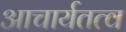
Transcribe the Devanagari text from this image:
आचार्यतत्व